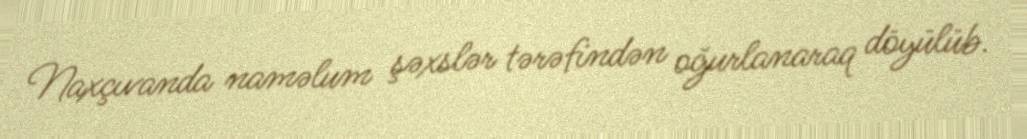
Naxçıvanda naməlum şəxslər tərəfindən oğurlanaraq döyülüb.